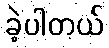
ခဲ့ပါတယ်